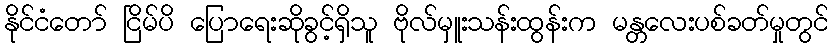
နိုင်ငံတော် ငြိမ်ပိ ပြောရေးဆိုခွင့်ရှိသူ ဗိုလ်မှူးသန်းထွန်းက မန္တလေးပစ်ခတ်မှုတွင်